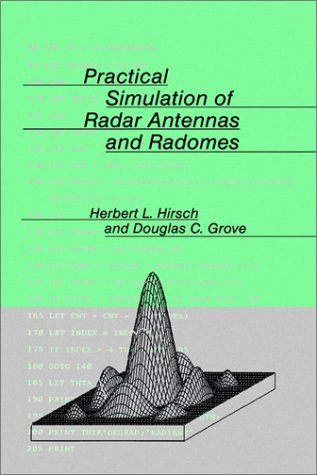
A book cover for Practical Simulation of Radar Antennas and Radomes (Artech House Antenna Library); Herbert L. Hirsch; Crafts, Hobbies & Home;